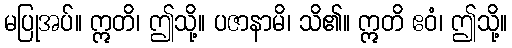
မပြုအပ်။ ဣတိ၊ ဤသို့။ ပဇာနာမိ၊ သိ၏။ ဣတိ ဧဝံ၊ ဤသို့။